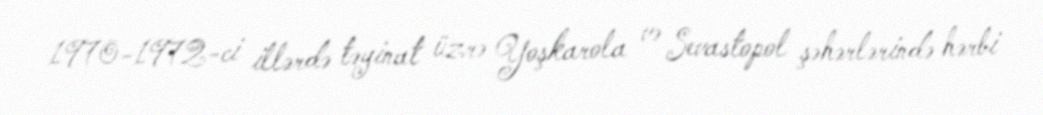
1970-1972-ci illərdə təyinat üzrə Yoşkarola və Sevastopol şəhərlərində hərbi